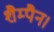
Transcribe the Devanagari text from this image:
शैम्पैन।